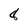
Character: 8